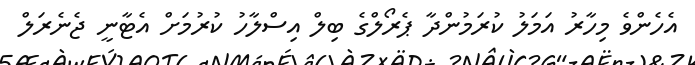
އެހެންވެ މިހާރު އަމަލު ކުރަމުންދާ ޕެރޯލްގެ ބިލް އިސްލާހު ކުރުމަށް އެޓާނީ ޖެނެރަލް